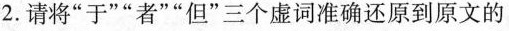
2.请将”于””者””但”三个虚词准确还原到原文的